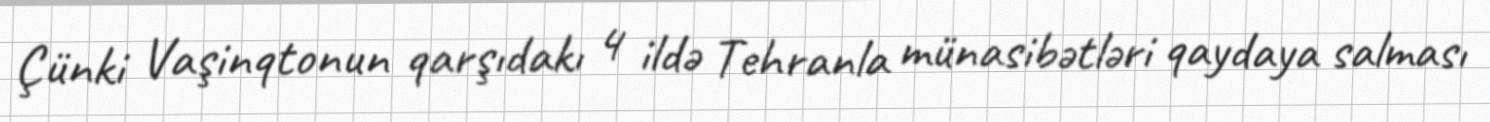
Çünki Vaşinqtonun qarşıdakı 4 ildə Tehranla münasibətləri qaydaya salması